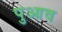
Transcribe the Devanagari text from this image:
पुआव